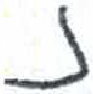
אות: ז